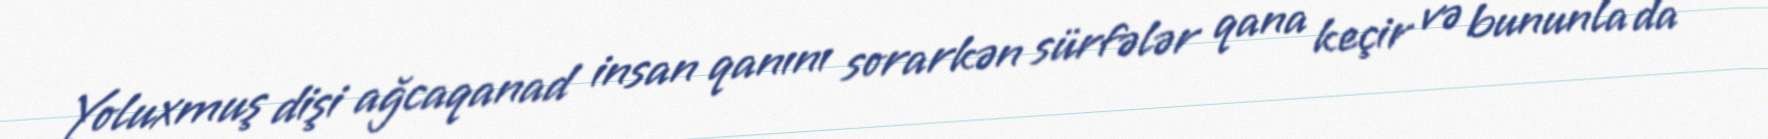
Yoluxmuş dişi ağcaqanad insan qanını sorarkən sürfələr qana keçir və bununla da